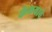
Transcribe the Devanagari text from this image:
केलयाचे